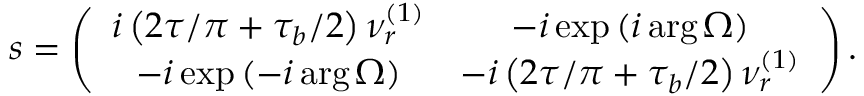
s = \left( \begin{array} { c c } { i \left( 2 \tau / \pi + \tau _ { b } / 2 \right) \nu _ { r } ^ { \left( 1 \right) } } & { - i \exp \left( i \arg \Omega \right) } \\ { - i \exp \left( - i \arg \Omega \right) } & { - i \left( 2 \tau / \pi + \tau _ { b } / 2 \right) \nu _ { r } ^ { \left( 1 \right) } } \end{array} \right) .